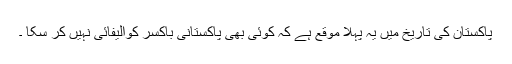
پاکستان کی تاریخ میں یہ پہلا موقع ہے کہ کوئی بھی پاکستانی باکسر کوالیفائی نہیں کر سکا ۔